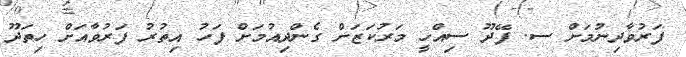
ފަރުވާދިނުމަށް ސ. ފޭދޫ ސިއްހީ މަރުކަޒަށް ގެންދިއުމަށް ފަހު އިތުރު ފަރުވާއަށް ހިތަދޫ